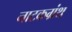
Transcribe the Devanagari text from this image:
नाटकग्रंथ